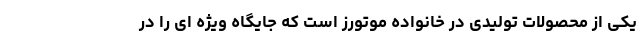
یکی از محصولات تولیدی در خانواده موتورز است که جایگاه ویژه ای را در